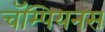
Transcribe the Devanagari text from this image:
चॅम्पियनस